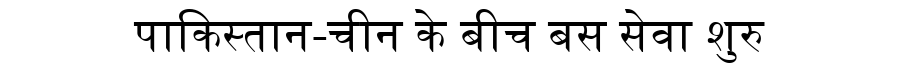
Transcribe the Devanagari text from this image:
पाकिस्तान-चीन के बीच बस सेवा शुरु